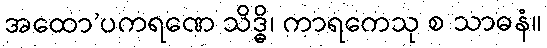
အထော’ပကရဏေ သိဒ္ဓိ၊ ကာရကေသု စ သာဓနံ။